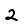
Digit: 2